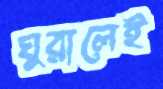
ঘুরালেই